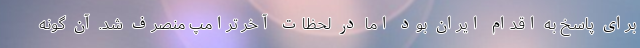
برای پاسخ به اقدام ایران بود اما در لحظات آخر ترامپ منصرف شد. آن گونه